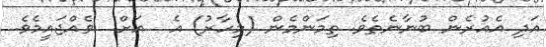
އަދި އެއުރެން ބުނާނެތެވެ. ތިމަންމެން (މިހާރު) އެ  އަށް  ވެއްޖައީމެވެ.